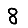
Digit: 8